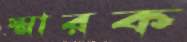
স্মারক